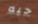
حبه